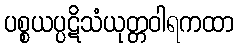
ပစ္စယပ္ပဋိသံယုတ္တဝါရကထာ